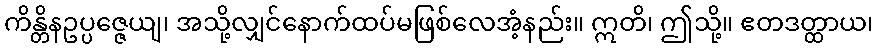
ကိန္တိနဥပ္ပဇ္ဇေယျ၊ အသို့လျှင်နောက်ထပ်မဖြစ်လေအံ့နည်း။ ဣတိ၊ ဤသို့။ ဧတဒတ္ထာယ၊